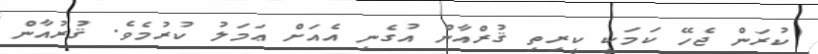
ކުރަން ޖެހޭ ކަމަކީ ކީރިތި ޤުރްއާން އުގެނި އެއަށް ޢަމަލު ކުރުމެވެ. ޤުރުއާން